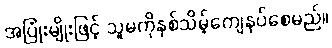
အပြုံးမျိုးဖြင့် သူမကိုနှစ်သိမ့်ကျေနပ်စေမည်။